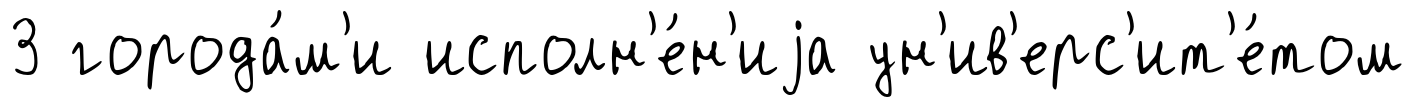
3 города́м'и исполн'е́н'иjа ун'ив'ерс'ит'е́том